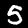
Label: 5